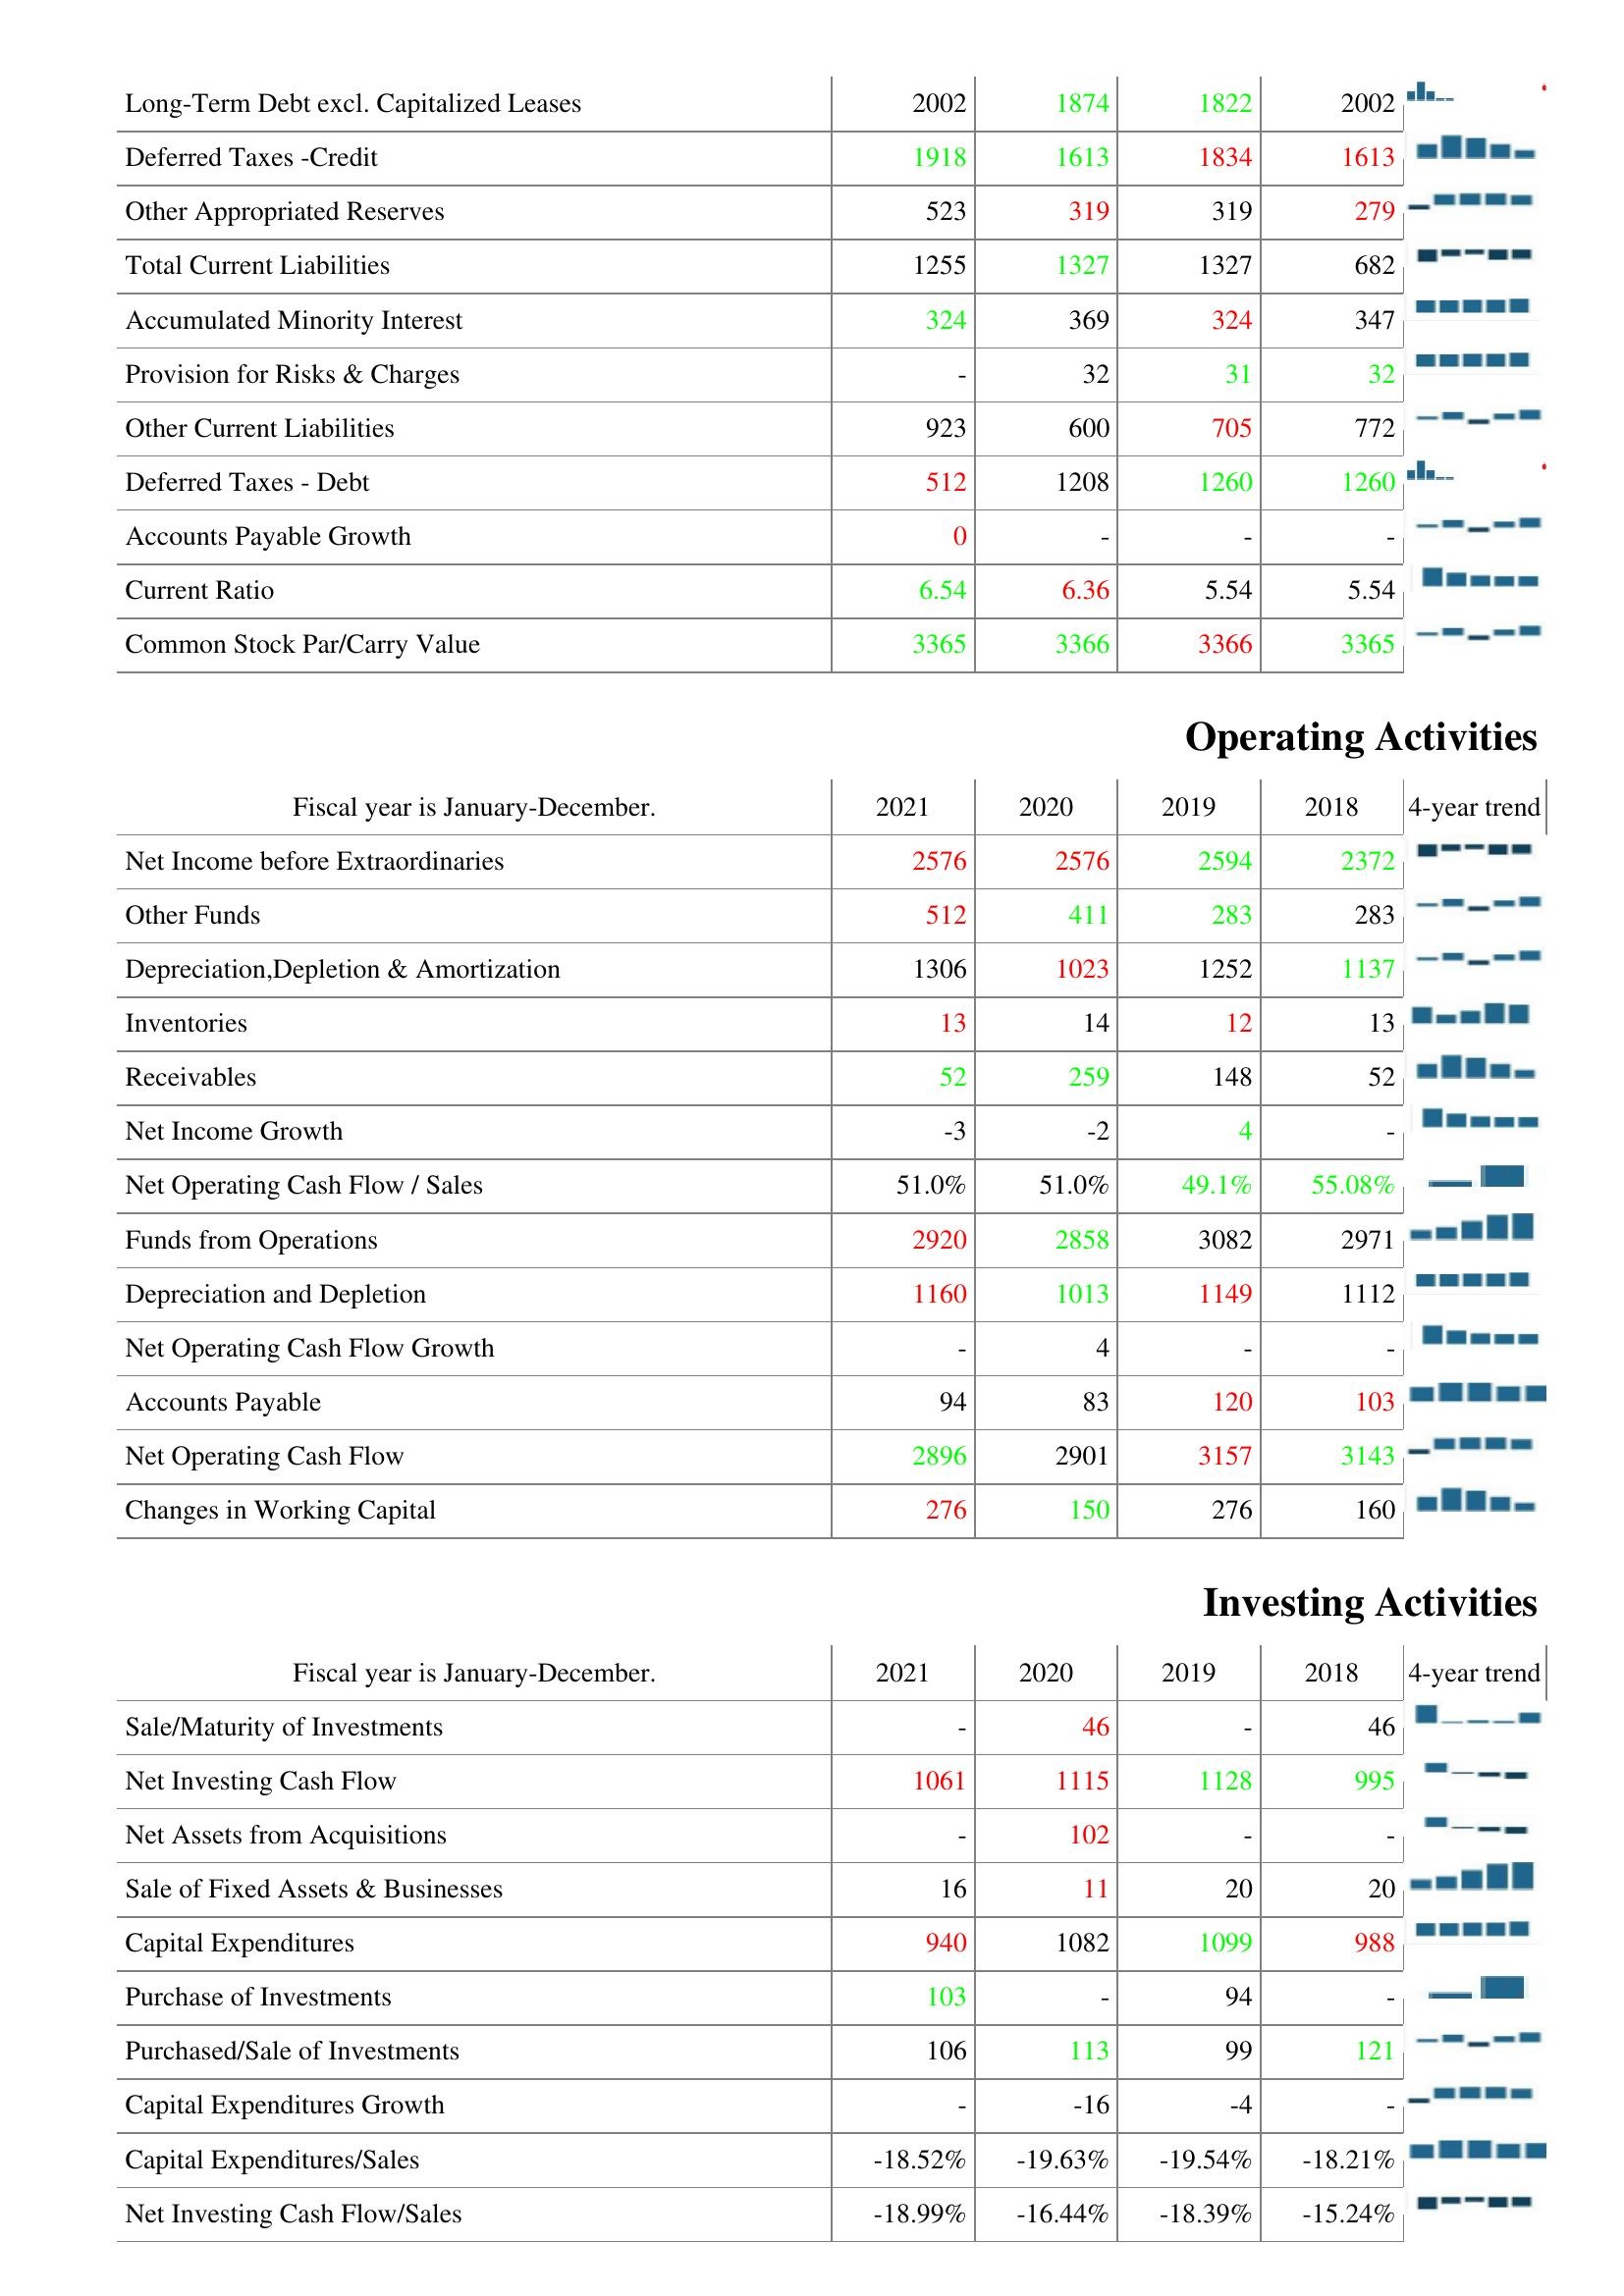
2021: Liabilities & Shareholder's Equity: Long-Term Debt excl. Capitalized Leases: 2002
Deferred Taxes -Credit: 1918
Other Appropriated Reserves: 523
Total Current Liabilities: 1255
Accumulated Minority Interest: 324
Provision for Risks & Charges: -
Other Current Liabilities: 923
Deferred Taxes - Debt: 512
Accounts Payable Growth: 0
Current Ratio: 6.54
Common Stock Par/Carry Value: 3365
Operating Activities: Net Income before Extraordinaries: 2576
Other Funds: 512
Depreciation,Depletion & Amortization: 1306
Inventories: 13
Receivables: 52
Net Income Growth: -3
Net Operating Cash Flow / Sales: 51.0%
Funds from Operations: 2920
Depreciation and Depletion: 1160
Net Operating Cash Flow Growth: -
Accounts Payable: 94
Net Operating Cash Flow: 2896
Changes in Working Capital: 276
Investing Activities: Sale/Maturity of Investments: -
Net Investing Cash Flow: 1061
Net Assets from Acquisitions: -
Sale of Fixed Assets & Businesses: 16
Capital Expenditures: 940
Purchase of Investments: 103
Purchased/Sale of Investments: 106
Capital Expenditures Growth: -
Capital Expenditures/Sales: -18.52%
Net Investing Cash Flow/Sales: -18.99%
2020: Liabilities & Shareholder's Equity: Long-Term Debt excl. Capitalized Leases: 1874
Deferred Taxes -Credit: 1613
Other Appropriated Reserves: 319
Total Current Liabilities: 1327
Accumulated Minority Interest: 369
Provision for Risks & Charges: 32
Other Current Liabilities: 600
Deferred Taxes - Debt: 1208
Accounts Payable Growth: -
Current Ratio: 6.36
Common Stock Par/Carry Value: 3366
Operating Activities: Net Income before Extraordinaries: 2576
Other Funds: 411
Depreciation,Depletion & Amortization: 1023
Inventories: 14
Receivables: 259
Net Income Growth: -2
Net Operating Cash Flow / Sales: 51.0%
Funds from Operations: 2858
Depreciation and Depletion: 1013
Net Operating Cash Flow Growth: 4
Accounts Payable: 83
Net Operating Cash Flow: 2901
Changes in Working Capital: 150
Investing Activities: Sale/Maturity of Investments: 46
Net Investing Cash Flow: 1115
Net Assets from Acquisitions: 102
Sale of Fixed Assets & Businesses: 11
Capital Expenditures: 1082
Purchase of Investments: -
Purchased/Sale of Investments: 113
Capital Expenditures Growth: -16
Capital Expenditures/Sales: -19.63%
Net Investing Cash Flow/Sales: -16.44%
2019: Liabilities & Shareholder's Equity: Long-Term Debt excl. Capitalized Leases: 1822
Deferred Taxes -Credit: 1834
Other Appropriated Reserves: 319
Total Current Liabilities: 1327
Accumulated Minority Interest: 324
Provision for Risks & Charges: 31
Other Current Liabilities: 705
Deferred Taxes - Debt: 1260
Accounts Payable Growth: -
Current Ratio: 5.54
Common Stock Par/Carry Value: 3366
Operating Activities: Net Income before Extraordinaries: 2594
Other Funds: 283
Depreciation,Depletion & Amortization: 1252
Inventories: 12
Receivables: 148
Net Income Growth: 4
Net Operating Cash Flow / Sales: 49.1%
Funds from Operations: 3082
Depreciation and Depletion: 1149
Net Operating Cash Flow Growth: -
Accounts Payable: 120
Net Operating Cash Flow: 3157
Changes in Working Capital: 276
Investing Activities: Sale/Maturity of Investments: -
Net Investing Cash Flow: 1128
Net Assets from Acquisitions: -
Sale of Fixed Assets & Businesses: 20
Capital Expenditures: 1099
Purchase of Investments: 94
Purchased/Sale of Investments: 99
Capital Expenditures Growth: -4
Capital Expenditures/Sales: -19.54%
Net Investing Cash Flow/Sales: -18.39%
2018: Liabilities & Shareholder's Equity: Long-Term Debt excl. Capitalized Leases: 2002
Deferred Taxes -Credit: 1613
Other Appropriated Reserves: 279
Total Current Liabilities: 682
Accumulated Minority Interest: 347
Provision for Risks & Charges: 32
Other Current Liabilities: 772
Deferred Taxes - Debt: 1260
Accounts Payable Growth: -
Current Ratio: 5.54
Common Stock Par/Carry Value: 3365
Operating Activities: Net Income before Extraordinaries: 2372
Other Funds: 283
Depreciation,Depletion & Amortization: 1137
Inventories: 13
Receivables: 52
Net Income Growth: -
Net Operating Cash Flow / Sales: 55.08%
Funds from Operations: 2971
Depreciation and Depletion: 1112
Net Operating Cash Flow Growth: -
Accounts Payable: 103
Net Operating Cash Flow: 3143
Changes in Working Capital: 160
Investing Activities: Sale/Maturity of Investments: 46
Net Investing Cash Flow: 995
Net Assets from Acquisitions: -
Sale of Fixed Assets & Businesses: 20
Capital Expenditures: 988
Purchase of Investments: -
Purchased/Sale of Investments: 121
Capital Expenditures Growth: -
Capital Expenditures/Sales: -18.21%
Net Investing Cash Flow/Sales: -15.24%